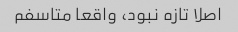
اصلا تازه نبود، واقعا متاسفم